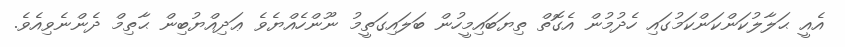
އެއީ ޙަލާލުކަންކަންކަމުގައި ހެދުމުން އެގޮތް ތިޔަބައިމީހުން ބަލައިގަތީމު ނޫންހެއްޔެވެ ޢަދިއްޔުބިން ޙާތިމް ދެންނެވިއެވެ.